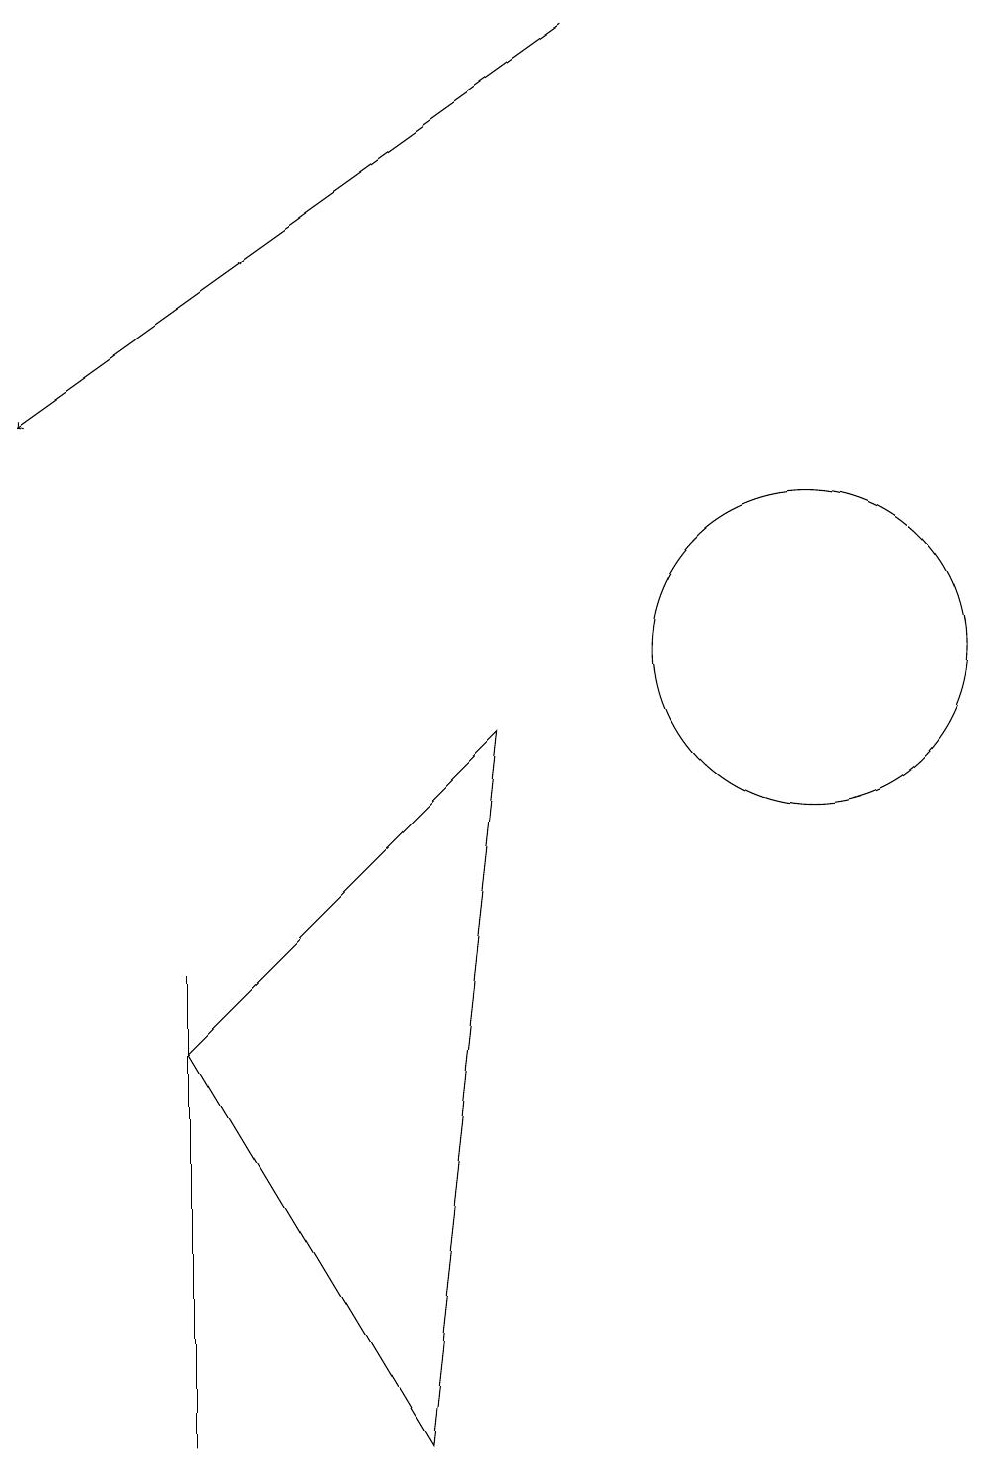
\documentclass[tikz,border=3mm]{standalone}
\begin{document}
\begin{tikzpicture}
\draw (3,5) -- (6,0) -- (7,9) -- cycle;
\draw (11,10) circle (2);
\draw[->] (8,18) -- (1,13);
\draw (3,0) -- (3,6) -- (3,3) -- cycle;
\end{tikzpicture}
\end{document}